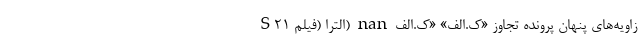
S21 الترا (فیلم) nan زاویه‌های پنهان پرونده تجاوز «ک.الف» «ک.الف